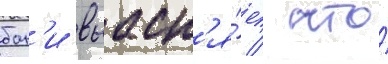
бон'и выасн'я́ет / что́